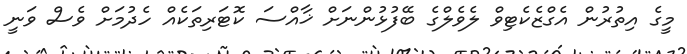
މީގެ އިތުރުން އެގްޒެކެޓިވް ލެވެލްގެ ބޭފުޅުންނަށް ޚާއްސަ ކޮޓަރިތަކެއް ހެދުމަށް ވެސް ވަނީ